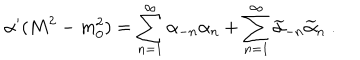
LaTeX: \alpha ^ { \prime } ( M ^ { 2 } - m _ { 0 } ^ { 2 } ) = \sum _ { n = 1 } ^ { \infty } \alpha _ { - n } \alpha _ { n } + \sum _ { n = 1 } ^ { \infty } \widetilde { \alpha } _ { - n } \widetilde { \alpha } _ { n } \ .